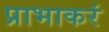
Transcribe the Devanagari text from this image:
प्राभाकरं